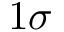
1 \sigma